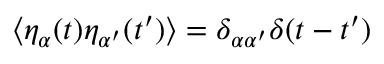
\left\langle \eta _ { \alpha } ( t ) \eta _ { \alpha ^ { \prime } } ( t ^ { \prime } ) \right\rangle = \delta _ { \alpha \alpha ^ { \prime } } \delta ( t - t ^ { \prime } )